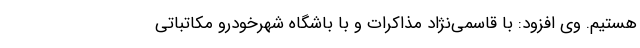
هستیم. وی افزود: با قاسمی‌نژاد مذاکرات و با باشگاه شهرخودرو مکاتباتی